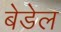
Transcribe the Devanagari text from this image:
बेडेल